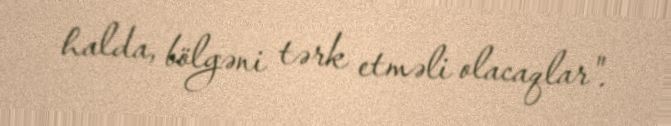
halda, bölgəni tərk etməli olacaqlar".